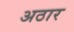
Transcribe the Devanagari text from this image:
अठार